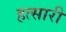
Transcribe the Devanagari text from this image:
हत्सारी